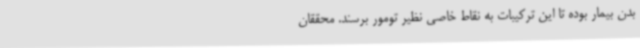
بدن بیمار بوده تا این ترکیبات به نقاط خاصی نظیر تومور برسند. محققان